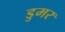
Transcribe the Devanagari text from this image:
डुमर